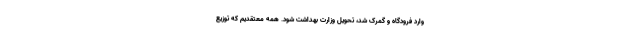
وارد فرودگاه و گمرک شد، تحویل وزارت بهداشت شود. همه معتقدیم که توزیع